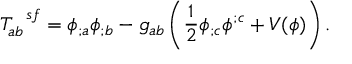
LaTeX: T _ { a b } ^ { \ \ s f } = \phi _ { ; a } \phi _ { ; b } - g _ { a b } \left( \frac { 1 } { 2 } \phi _ { ; c } \phi ^ { ; c } + V ( \phi ) \right) .